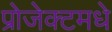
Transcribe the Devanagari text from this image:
प्रोजेक्टमधे